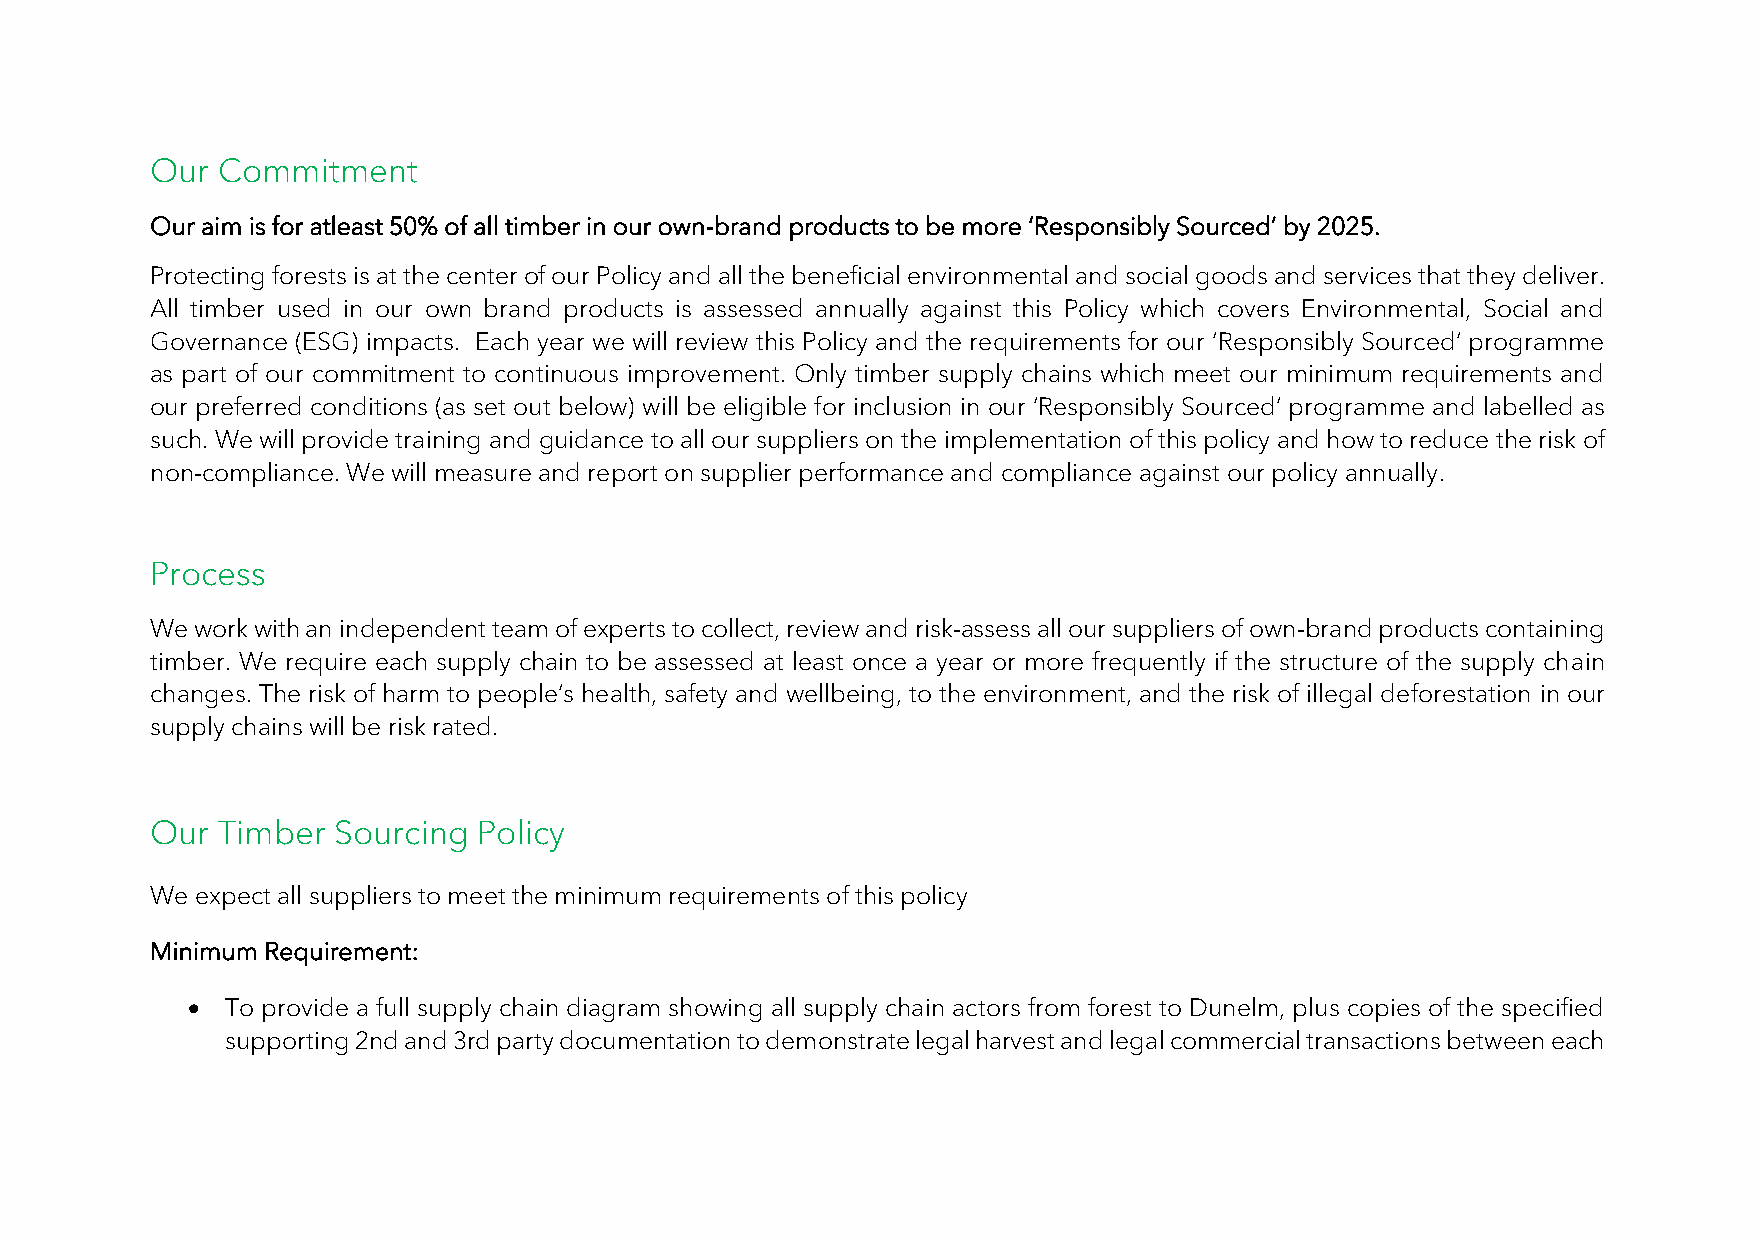
Our Commitment
 Our aim is for atleast 50% of all timber in our own-brand products to be more ‘Responsibly Sourced’ by 2025.
 Protecting forests is at the center of our Policy and all the beneficial environmental and social goods and services that they deliver.
 All timber used in our own brand products is assessed annually against this Policy which covers Environmental, Social and
 Governance (ESG) impacts. Each year we will review this Policy and the requirements for our ‘Responsibly Sourced’ programme
 as part of our commitment to continuous improvement. Only timber supply chains which meet our minimum requirements and
 our preferred conditions (as set out below) will be eligible for inclusion in our ‘Responsibly Sourced’ programme and labelled as
 such. We will provide training and guidance to all our suppliers on the implementation of this policy and how to reduce the risk of
 non-compliance. We will measure and report on supplier performance and compliance against our policy annually.
 Process
 We work with an independent team of experts to collect, review and risk-assess all our suppliers of own-brand products containing
 timber. We require each supply chain to be assessed at least once a year or more frequently if the structure of the supply chain
 changes. The risk of harm to people’s health, safety and wellbeing, to the environment, and the risk of illegal deforestation in our
 supply chains will be risk rated.
 Our Timber  Sourcing  Policy
 We expect all suppliers to meet the minimum requirements of this policy
 Minimum Requirement:
 •  To provide a full supply chain diagram showing all supply chain actors from forest to Dunelm, plus copies of the specified
 supporting 2nd and 3rd party documentation to demonstrate legal harvest and legal commercial transactions between each